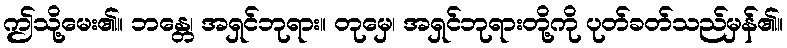
ဤသို့မေး၏။ ဘန္တေ၊ အရှင်ဘုရား။ တုမှေ၊ အရှင်ဘုရားတို့ကို ပုတ်ခတ်သည်မှန်၏။